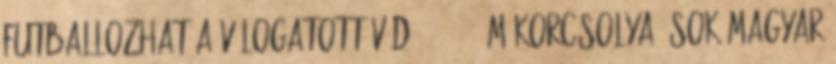
futballozhat a válogatott védő 11:05 - Műkorcsolya: sok magyar